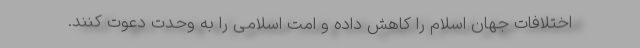
اختلافات جهان اسلام را کاهش داده و امت اسلامی را به وحدت دعوت کنند.